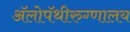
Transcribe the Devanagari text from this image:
ॲलोपॅथीरुग्णालय